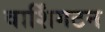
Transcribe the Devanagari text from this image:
वार्शिंगटन